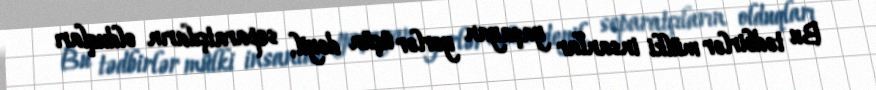
Bu tədbirlər mülki insanlar yaşayan yerlər üçün deyil, separatçıların olduqları